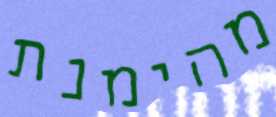
מהימנת